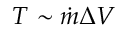
T \sim \dot { m } \Delta V